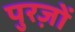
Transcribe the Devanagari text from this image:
पुरज़ों